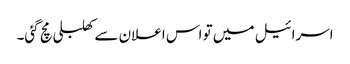
اسرائیل میں تو اس اعلان سے کھلبلی مچ گئی۔